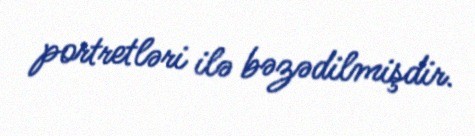
portretləri ilə bəzədilmişdir.